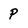
Character: P